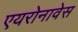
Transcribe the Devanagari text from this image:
एयरोनावेस